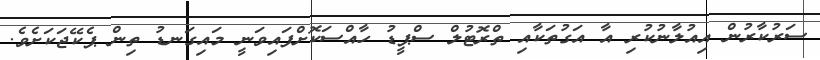
ސަރުކާރުން އިއުލާނުކުރި އާ އަގުތަކާއި ތްރޮޓުލް ސްޕީޑު ހާއްސަކޮށްފައިވަނީ މައިގަނޑު ތިން ޕެކޭޖަކަށެވެ.